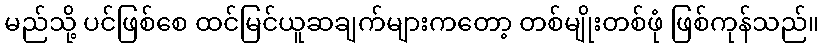
မည်သို့ ပင်ဖြစ်စေ ထင်မြင်ယူဆချက်များကတော့ တစ်မျိုးတစ်ဖုံ ဖြစ်ကုန်သည်။